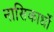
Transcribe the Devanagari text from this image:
नासिकार्धों